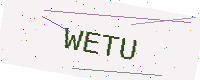
Text: WETU